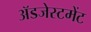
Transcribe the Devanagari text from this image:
ॲडजेस्टमेंट